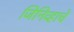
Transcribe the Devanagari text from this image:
जिनिव्हाचे